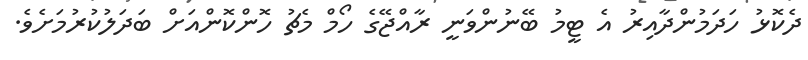
ދެކޮޅު ހަދަމުންދާއިރު އެ ޓީމު ބޭނުންވަނީ ރާއްޖޭގެ ހޯމް މެޗު ހޮންކޮންއަށް ބަދަލުކުރުމަށެވެ.